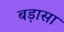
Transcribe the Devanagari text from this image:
बड़ासा